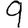
Digit: 9